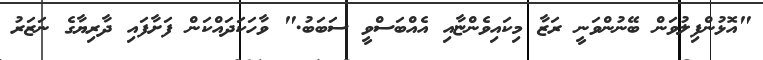
"އޮޅުންފިލުވަން ބޭނުންވަނީ ރަޒާ މިކައިވެންޏާއި އެއްބަސްވީ ސަބަބު." ވާހަކަދައްކަން ފަށާފައި ދާރިޔާގެ ނަޒަރު